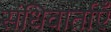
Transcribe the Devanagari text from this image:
संधिवार्ताएँ